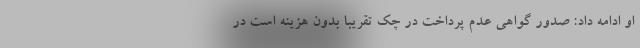
او ادامه داد: صدور گواهی عدم پرداخت در چک تقریبا بدون هزینه است در